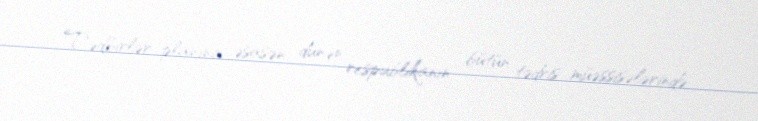
Tədbirlər planına əsasən, dünən respublikanın bütün tədris müəssisələrində